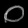
Digit: ၀